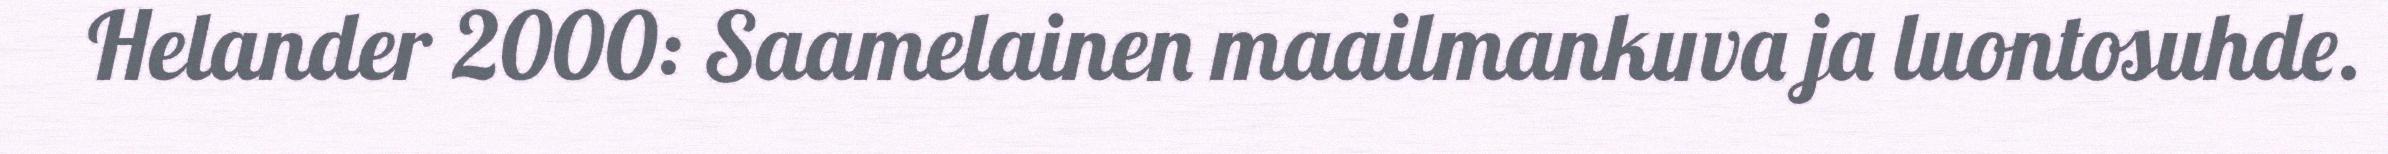
Helander 2000: Saamelainen maailmankuva ja luontosuhde.